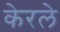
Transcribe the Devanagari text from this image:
केरले